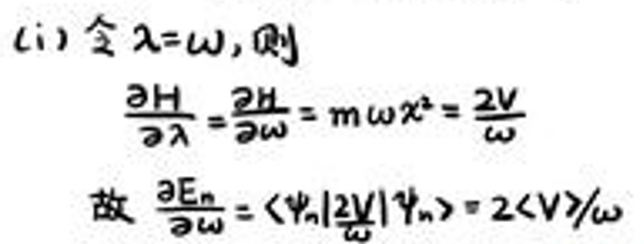

(i) 令\( \lambda=\omega, \)则\\
\(\frac{\partial H}{\partial \lambda}=\frac{\partial H}{\partial \omega}=m\omega x^{2}=\frac{2V}{\omega}\)\\
故\( \frac{\partial E_{n}}{\partial \omega}=\langle\psi_{n}\vert\frac{2V}{\omega}\vert\psi_{n}\rangle = 2\langle V\rangle/\omega\)